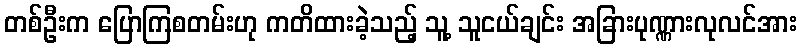
တစ်ဦးက ပြောကြစတမ်းဟု ကတိထားခဲ့သည့် သူ့ သူငယ်ချင်း အခြားပုဏ္ဏားလုလင်အား